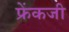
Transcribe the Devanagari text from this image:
फ्रेंकजी